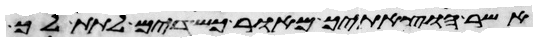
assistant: אשר הוצאתיך מאור כשדים לתת לך